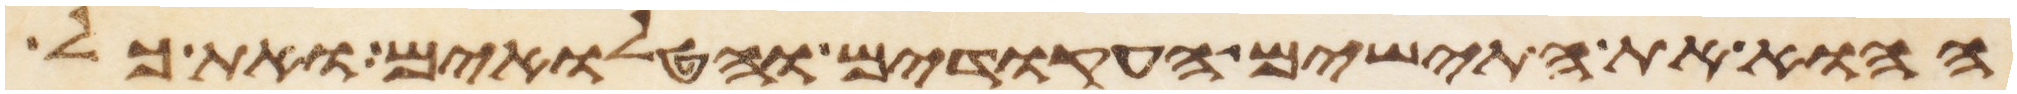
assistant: ההוא את התישים העקודים והטלואים ואת כל